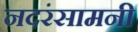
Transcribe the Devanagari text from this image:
नदरंसामनी